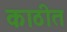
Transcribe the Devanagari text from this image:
काठीत